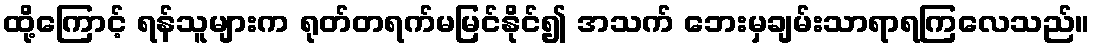
ထို့ကြောင့် ရန်သူများက ရုတ်တရက်မမြင်နိုင်၍ အသက် ဘေးမှချမ်းသာရာရကြလေသည်။